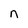
Character: n